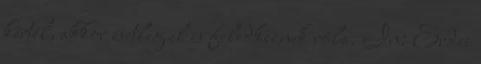
kértél, akkor esetleg el is feledkeznek róla. In: Erdei